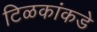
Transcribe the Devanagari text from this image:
टिळकांकडे